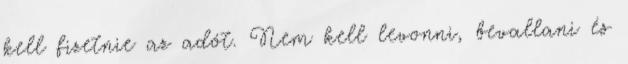
kell fizetnie az adót. Nem kell levonni, bevallani és